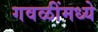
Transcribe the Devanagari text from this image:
गवळींमध्ये